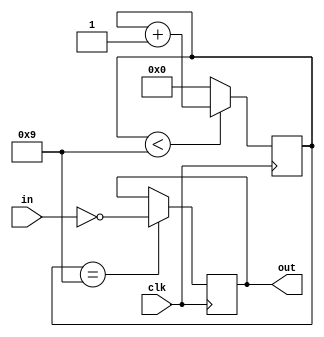
module inverter_delay (
    input wire clk,
    input wire in,
    output reg out
);

parameter DELAY = 10; // Specify the delay here

reg [DELAY-1:0] delay_counter;

always @(posedge clk) begin
    if (delay_counter == DELAY-1)
        out <= ~in;
    else
        out <= out;
    
    if (delay_counter < DELAY-1)
        delay_counter <= delay_counter + 1;
    else
        delay_counter <= 0;
end

endmodule